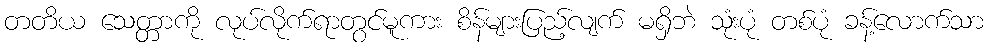
တတိယ သေတ္တာကို လုပ်လိုက်ရာတွင်မူကား စိန်များပြည့်လျက် မရှိဘဲ သုံးပုံ တစ်ပုံ ခန့်လောက်သာ